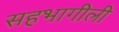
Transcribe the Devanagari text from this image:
सहभागीली